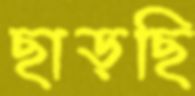
ছাড়ছি